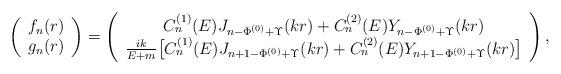
LaTeX: \begin{align*}\left(\begin{array}{l}f_n(r)\\g_n(r)\end{array}\right)=\left(\begin{array}{c}C^{(1)}_n(E)J_{n-\Phi^{(0)}+\Upsilon}(kr)+C^{(2)}_n(E)Y_{n-\Phi^{(0)}+\Upsilon}(kr)\\{ik\over E+m}\bigl[C^{(1)}_n(E)J_{n+1-\Phi^{(0)}+\Upsilon}(kr)+C^{(2)}_n(E)Y_{n+1-\Phi^{(0)}+\Upsilon}(kr)\bigr]\end{array}\right),\end{align*}